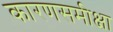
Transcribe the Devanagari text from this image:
कारणसमीक्षा